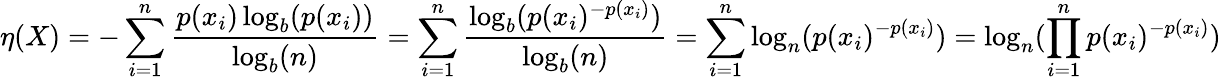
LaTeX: \eta(X)=-\sum_{i=1}^{n}{\frac{p(x_{i})\log_{b}(p(x_{i}))}{\log_{b}(n)}}=\sum_{i=1}^{n}{\frac{\log_{b}(p(x_{i})^{-p(x_{i})})}{\log_{b}(n)}}=\sum_{i=1}^{n}\log_{n}(p(x_{i})^{-p(x_{i})})=\log_{n}(\prod_{i=1}^{n}p(x_{i})^{-p(x_{i})})